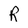
Character: R